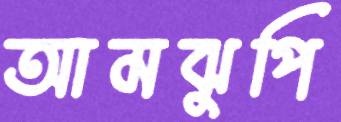
আমঝুপি